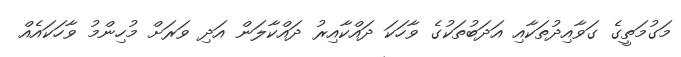
މަގުމަތީގެ ގަވާއިދުތަކާއި އަދަބުތަކުގެ ވާހަކަ ދައްކާއިރު ދައްކާލަން އަދި ވަރަށް މުހިންމު ވާހަކައެއް